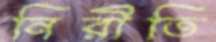
নিরীতি